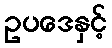
ဥပဒေနှင့်